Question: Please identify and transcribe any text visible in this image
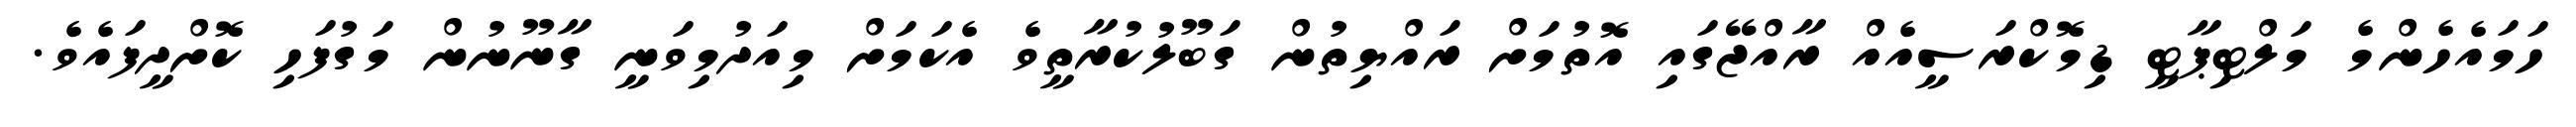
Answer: ހަމައެހެންމެ މަލްޓިޕާޓީ ޑިމޮކްރަސީއެއް ރާއްޖޭގައި އޮތުމަށް ރައްޔިތުން ގަބޫލުކުރާތީވެ އެކަމަށް މިއަދުމިވަނީ ގާނޫނުން މަގުފަހި ކޮށްދީފައެވެ.